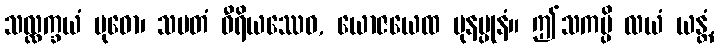
သလ္လက္ခယံ ဗုဓော၊ သမတံ ဝီရိယဿေဝ, ယောဇယေထ ပုနပ္ပုနံ။ ဤသကမ္ပိ လယံ ယန္တံ,